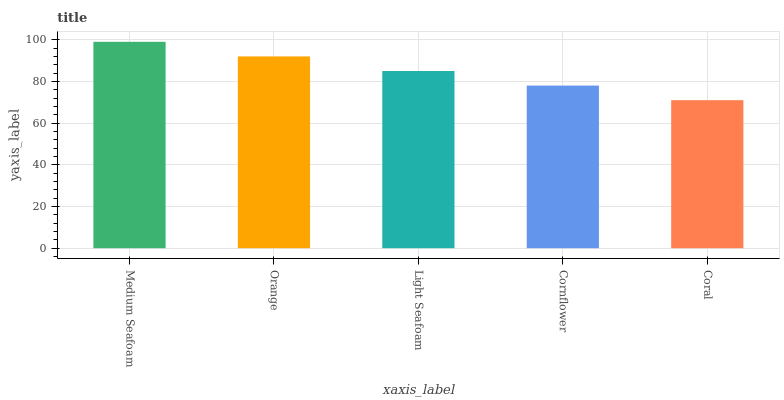
| xaxis_label | bars |
 | --- | --- |
 | Medium Seafoam | 99 |
 | Orange | 92 |
 | Light Seafoam | 85 |
 | Cornflower | 78 |
 | Coral | 71 |